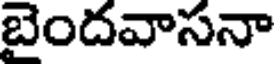
బెందవాసనా